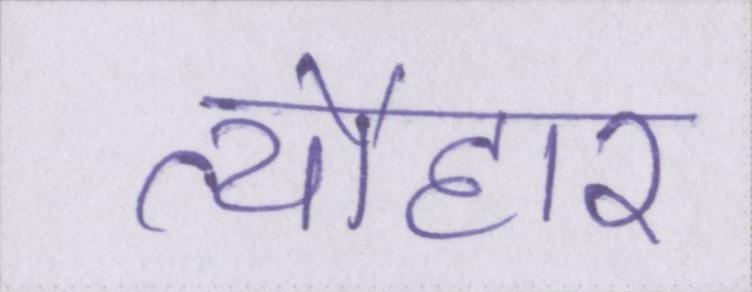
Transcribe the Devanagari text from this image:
त्यौहार